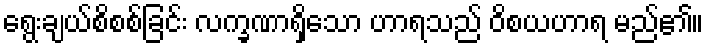
ရွေးချယ်စိစစ်ခြင်း လက္ခဏာရှိသော ဟာရသည် ဝိစယဟာရ မည်၏။